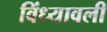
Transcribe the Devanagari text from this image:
विंध्यावली